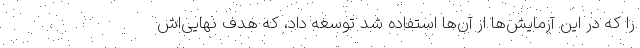
را که در این آزمایش‌ها از آن‌ها استفاده شد توسعه داد، که هدف نهایی‌اش